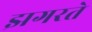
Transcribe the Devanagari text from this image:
झगरते